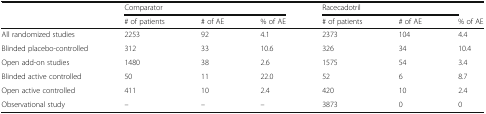
|  | <COLSPAN=3> Comparator | <COLSPAN=2> Racecadotril |  |
 |  | # of patients | # of AE | % of AE | # of patients | # of AE | % of AE |
 | --- | --- | --- | --- | --- | --- | --- |
 | All randomized studies | 2253 | 92 | 4.1 | 2373 | 104 | 4.4 |
 | Blinded placebo-controlled | 312 | 33 | 10.6 | 326 | 34 | 10.4 |
 | Open add-on studies | 1480 | 38 | 2.6 | 1575 | 54 | 3.4 |
 | Blinded active controlled | 50 | 11 | 22.0 | 52 | 6 | 8.7 |
 | Open active controlled | 411 | 10 | 2.4 | 420 | 10 | 2.4 |
 | Observational study | – | – | – | 3873 | 0 | 0 |